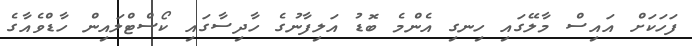
ފަހަކަށް އައިސް މާލޭގައި ހިނގި އެންމެ ބޮޑު އަލިފާނުގެ ހާދިސާގައި ކޯސްޓްލައިން ހާޑްވެއާގެ